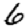
Digit: 6